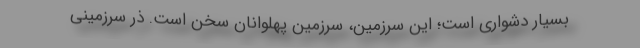
بسیار دشواری است؛ این سرزمین، سرزمین پهلوانان سخن است. ذر سرزمینی